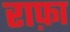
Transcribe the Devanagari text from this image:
राफ़ा